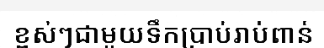
ខ្ពស់ៗជាមួយទឹកប្រាប់រាប់ពាន់